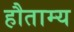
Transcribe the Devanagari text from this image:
हौताम्य